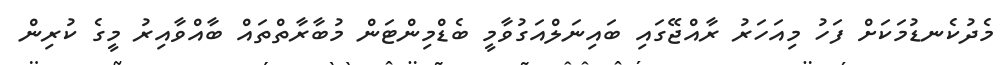
މެދުކެނޑުމަކަށް ފަހު މިއަހަރު ރާއްޖޭގައި ބައިނަލްއަގުވާމީ ބެޑްމިންޓަން މުބާރާތްތައް ބާއްވާއިރު މީގެ ކުރިން